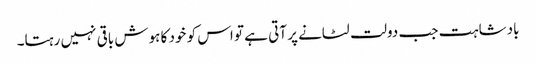
بادشاہت جب دولت لٹانے پر آتی ہے تو اس کو خود کا ہوش باقی نہیں رہتا۔